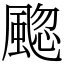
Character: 䬍